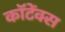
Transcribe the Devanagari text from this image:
कॉटेंक्स